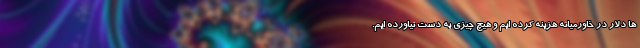
ها دلار در خاورمیانه هزینه کرده ایم و هیچ چیزی به دست نیاورده ایم.